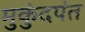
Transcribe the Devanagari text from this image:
मुकुंदपंत